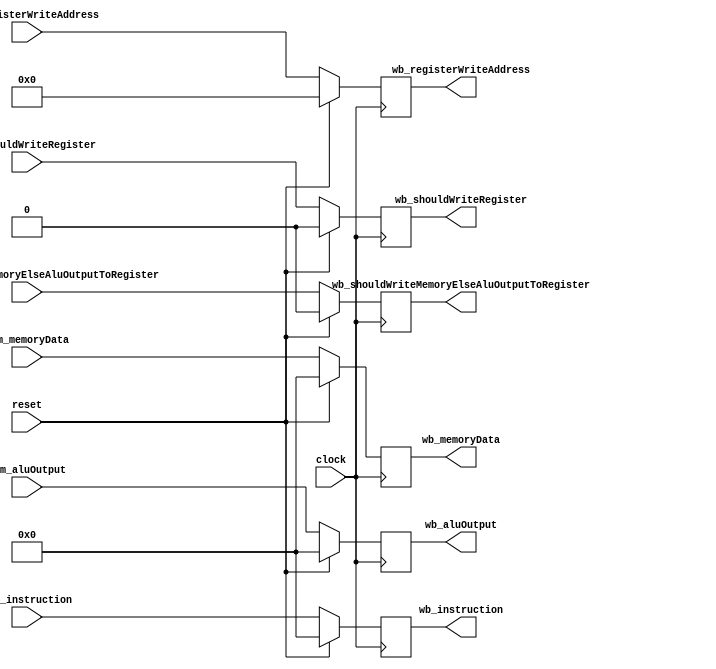
`timescale 1ns / 1ps

module MemWbRegisters (

		input clock,
		input reset,

		input [31:0] mem_instruction,

		input mem_shouldWriteRegister,
		input [4:0] mem_registerWriteAddress,
		input mem_shouldWriteMemoryElseAluOutputToRegister,
		input [31:0] mem_memoryData,
		input [31:0] mem_aluOutput,

		output reg [31:0] wb_instruction = 0,

		output reg wb_shouldWriteRegister = 0,
		output reg [4:0] wb_registerWriteAddress = 0,
		output reg wb_shouldWriteMemoryElseAluOutputToRegister = 0,
		output reg [31:0] wb_memoryData = 0,
		output reg [31:0] wb_aluOutput = 0
	);

	always @(posedge clock) begin

		if (reset) begin

			wb_instruction <= 0;

			wb_shouldWriteRegister <= 0;
			wb_registerWriteAddress <= 0;
			wb_shouldWriteMemoryElseAluOutputToRegister <= 0;
			wb_memoryData <= 0;
			wb_aluOutput <= 0;

		end else begin

			wb_instruction <= mem_instruction;

			wb_shouldWriteRegister <= mem_shouldWriteRegister;
			wb_registerWriteAddress <= mem_registerWriteAddress;
			wb_shouldWriteMemoryElseAluOutputToRegister <= mem_shouldWriteMemoryElseAluOutputToRegister;
			wb_memoryData <= mem_memoryData;
			wb_aluOutput <= mem_aluOutput;
		end
	end
endmodule